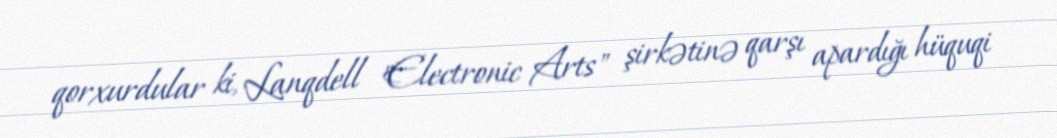
qorxurdular ki, Lanqdell "Electronic Arts" şirkətinə qarşı apardığı hüquqi